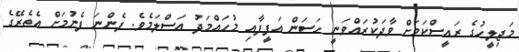
މަޖިލީހުގެ ރައީސްކަމަށް ވާދަކުރައްވަނީ ހަސަން އަފީފާއި މުހައްމަދު އަސްލަމެވެ. ފެންނަ ފެނުމަށް އެތެރޭގެ